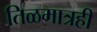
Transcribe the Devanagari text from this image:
तिळमात्रही